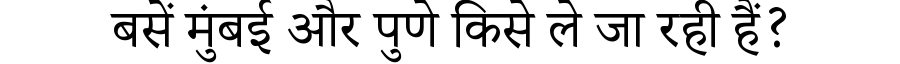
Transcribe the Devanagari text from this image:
बसें मुंबई और पुणे किसे ले जा रही हैं?